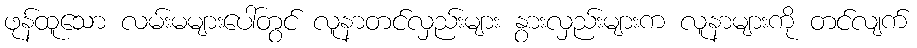
ဖုန်ထူသော လမ်းမများပေါ်တွင် လူနာတင်လှည်းများ နွားလှည်းများက လူနာများကို တင်လျက်